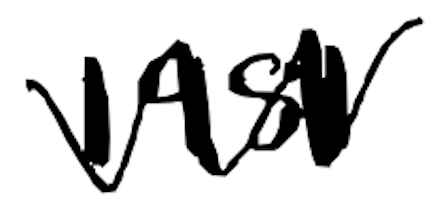
Text: 1981
Cross-out: mix
Writing tool: digital_black